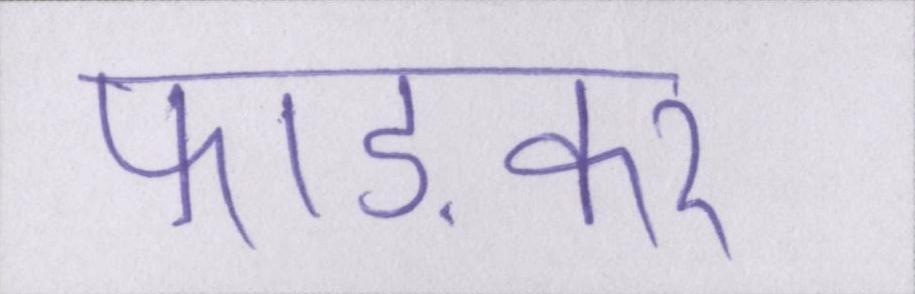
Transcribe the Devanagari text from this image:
फाड़कर